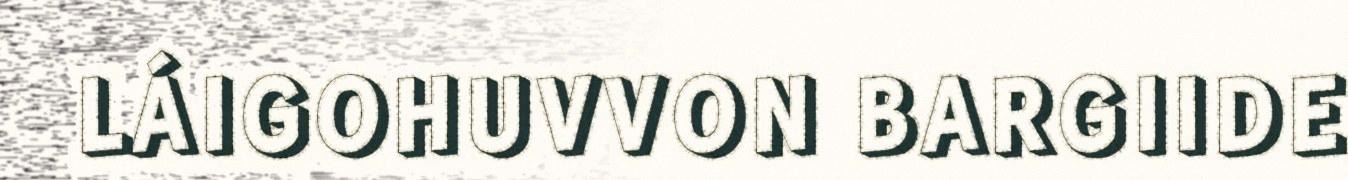
LÁIGOHUVVON BARGIIDE